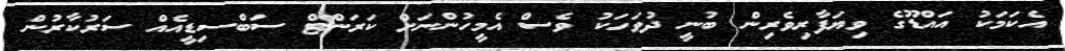
އެކަމަކު އައްޑޫގެ ވިޔަފާރިވެރިން ބުނީ ދުވަހަކު ވެސް އެމީހުންނަށް ކަރަންޓް ސަބްސިޑީއެއް ސަރުކާރުން